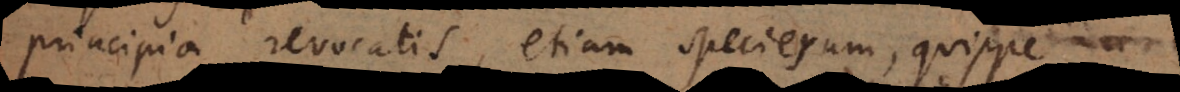
principia revocatis, etiam specierum, quippe